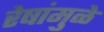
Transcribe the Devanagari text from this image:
रेषांमुळे